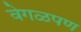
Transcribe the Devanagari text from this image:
वेगळपण